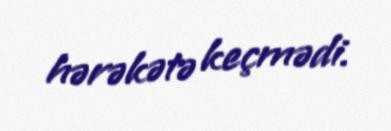
hərəkətə keçmədi.